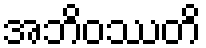
အဘိဝဿတိ